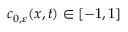
c _ { 0 , \ensuremath { \varepsilon } } ( x , t ) \in [ - 1 , 1 ]